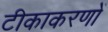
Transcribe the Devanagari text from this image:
टीकाकरणों